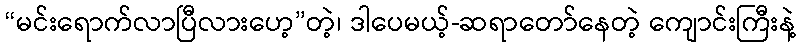
“မင်းရောက်လာပြီလားဟေ့”တဲ့၊ ဒါပေမယ့်-ဆရာတော်နေတဲ့ ကျောင်းကြီးနဲ့